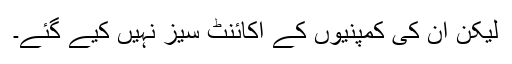
لیکن ان کی کمپنیوں کے اکائنٹ سیز نہیں کیے گئے۔